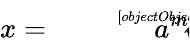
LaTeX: x={\sqrt[[objectObject]]{a^{m}}}